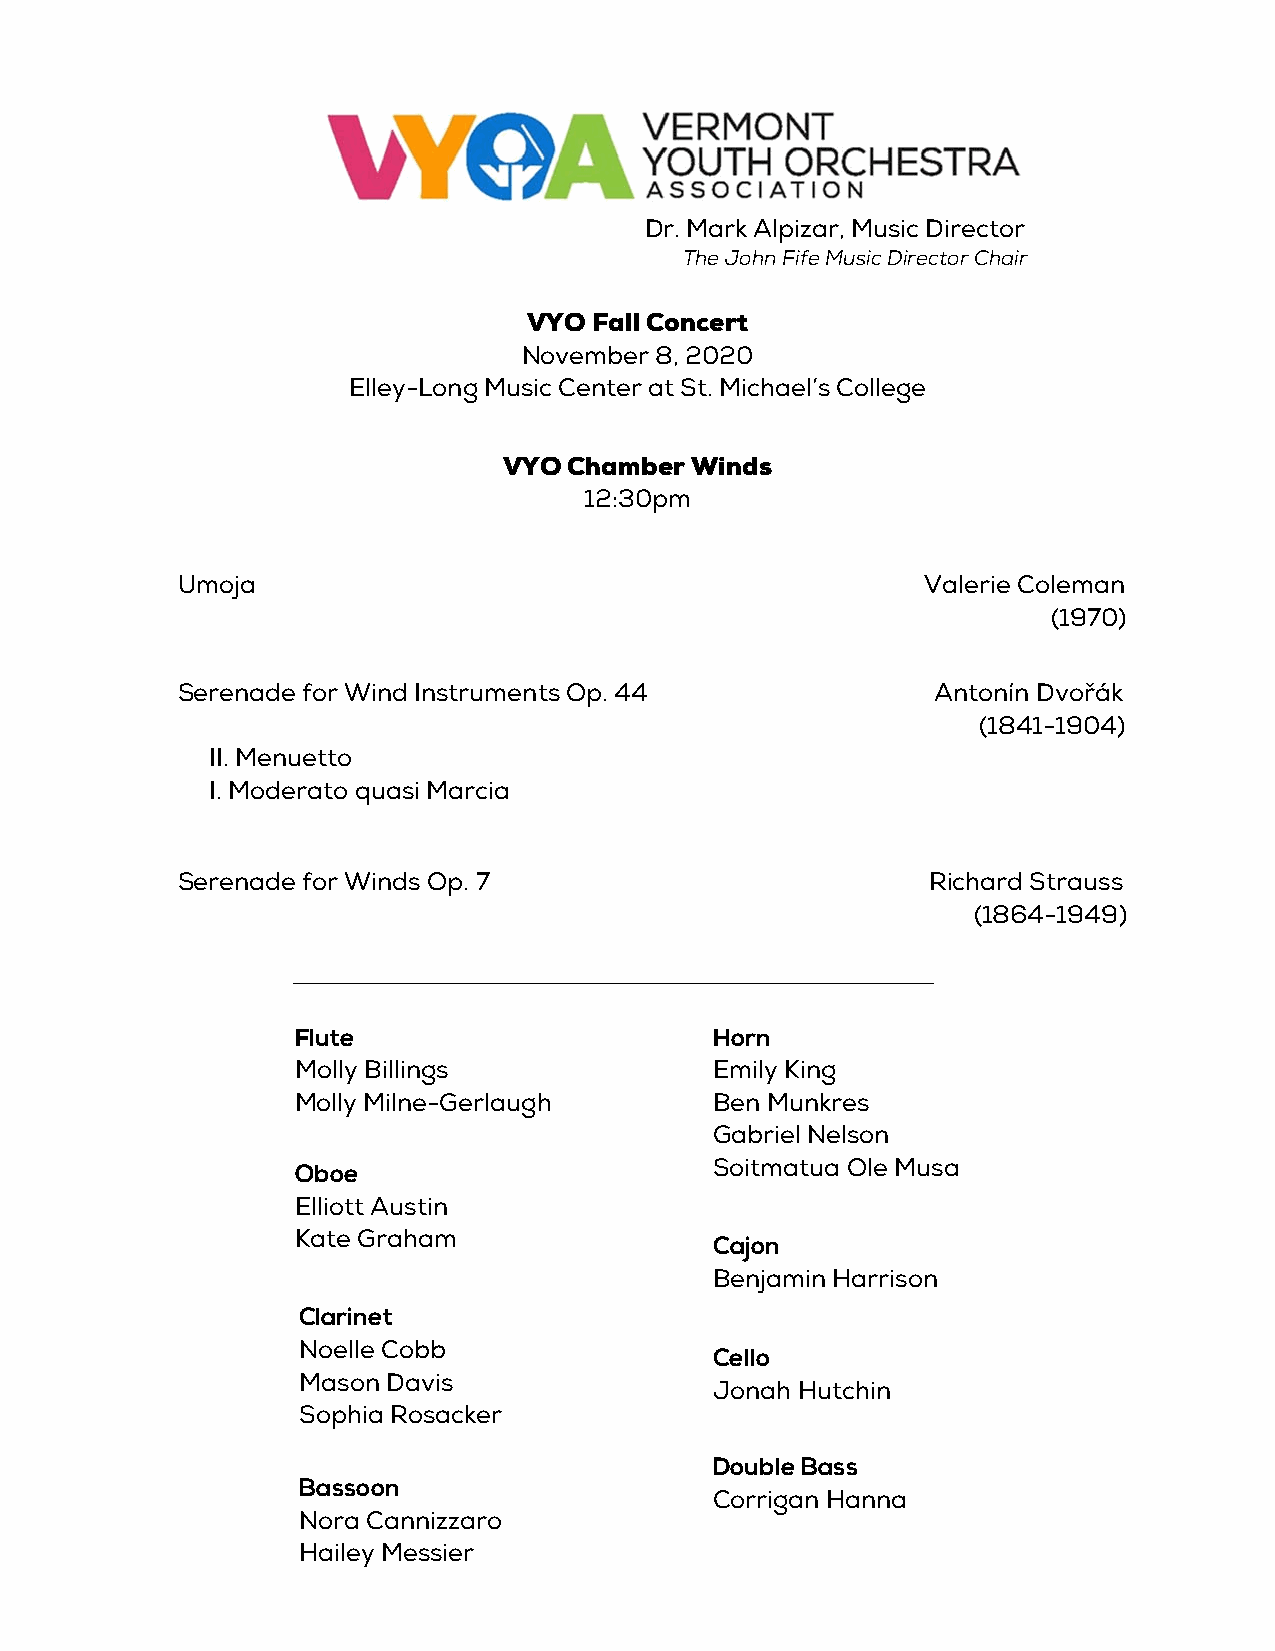
Dr. Mark Alpizar, Music Director
 The John Fife Music Director Chair
 VYO Fall Concert
 November 8, 2020
 Elley-Long Music Center at St. Michael’s College
 VYO  Chamber Winds
 12:30pm
 Umoja                                            Valerie Coleman
 (1970)
 Serenade for Wind Instruments Op. 44              Antonín Dvořák
 (1841-1904)
 II. Menuetto
 I. Moderato quasi Marcia
 Serenade for Winds Op. 7                          Richard Strauss
 (1864-1949)
 Flute                      Horn
 Molly Billings             Emily King
 Molly Milne-Gerlaugh       Ben Munkres
 Gabriel Nelson
 Soitmatua Ole Musa
 Oboe
 Elliott Austin
 Kate Graham
 Cajon
 Benjamin Harrison
 Clarinet
 Noelle Cobb
 Cello
 Mason Davis
 Jonah Hutchin
 Sophia Rosacker
 Double Bass
 Bassoon
 Corrigan Hanna
 Nora Cannizzaro
 Hailey Messier